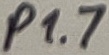
Text: P1.7